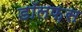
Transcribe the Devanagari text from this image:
डॉलफ़स